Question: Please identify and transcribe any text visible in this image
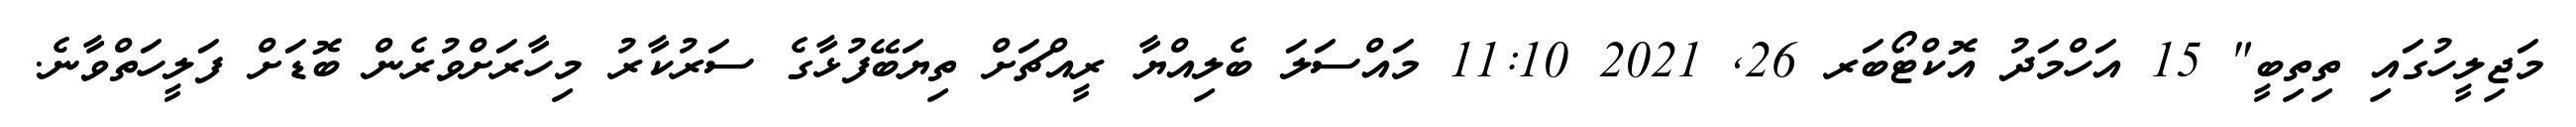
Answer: މަޖިލީހުގައި ތިތިބީ" 15 އަހްމަދު އޮކްޓޯބަރ 26, 2021 11:10 މައްސަލަ ބެލިއްޔާ ރީއްޗަށް ތިޔަބޭފުޅާގެ ސަރުކާރު މިހާރަށްވުރެން ބޮޑަށް ފަލީހަތްވާނެ.